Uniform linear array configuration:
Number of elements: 8
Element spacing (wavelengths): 0.75
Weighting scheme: kaiser
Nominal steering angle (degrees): -45
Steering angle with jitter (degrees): -46.629
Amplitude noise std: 0.05
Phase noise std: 0.05

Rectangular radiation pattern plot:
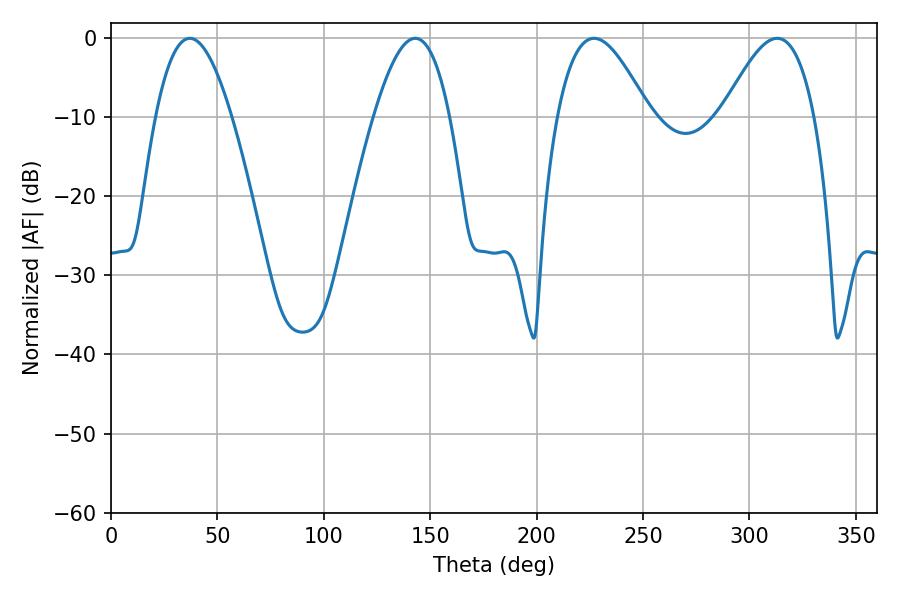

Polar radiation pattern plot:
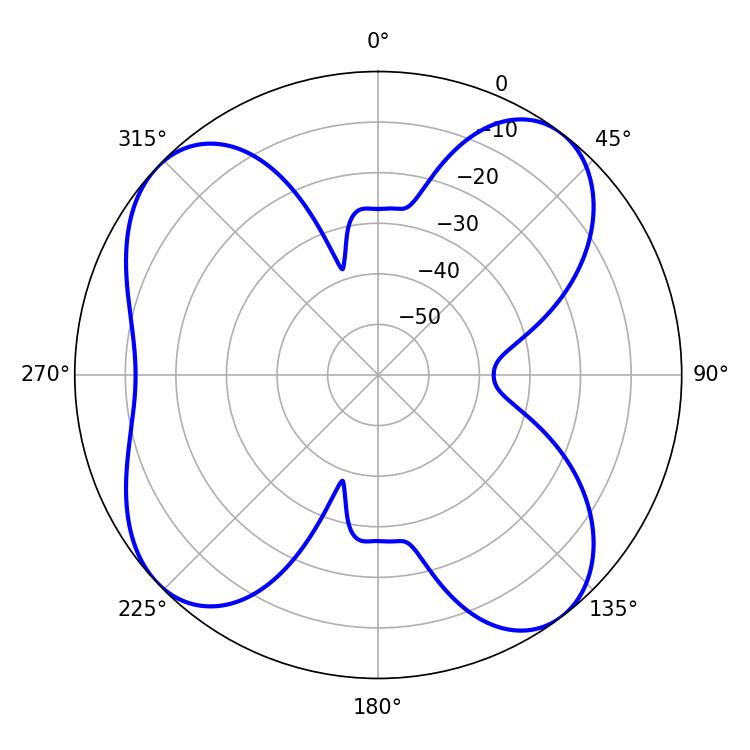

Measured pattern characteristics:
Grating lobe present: TRUE
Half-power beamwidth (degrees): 23.4
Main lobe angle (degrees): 313.02